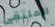
الملتقى